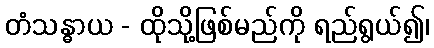
တံသန္ဓာယ - ထိုသို့ဖြစ်မည်ကို ရည်ရွယ်၍၊